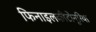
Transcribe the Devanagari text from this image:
फिनाइलकीटोनूरिया